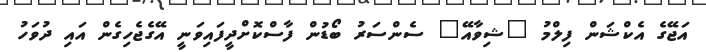
އަޖޭގެ އެކްޝަން ފިލްމު "ޝިވާއޭ" ސެންސަރު ބޯޑުން ފާސްކޮށްދީފައިވަނީ އޭގެޖެހިގެން އައި ދުވަހު